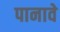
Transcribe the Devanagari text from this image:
पानावे